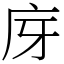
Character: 庌